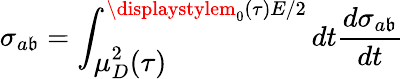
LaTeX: \sigma_{a\mathfrak{b}}=\int_{\displaystyle\mu_{D}^{2}(\tau)}^{\displaystylem_{0}(\tau)E/2}dt\frac{{d\sigma_{a\mathfrak{b}}}}{{dt}}